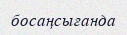
босаңсығанда